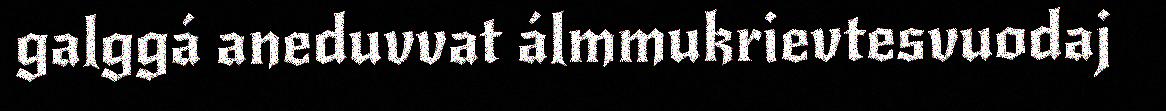
galggá aneduvvat álmmukrievtesvuodaj